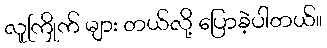
လူကြိုက် များ တယ်လို့ ပြောခဲ့ပါတယ်။